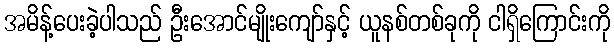
အမိန့်ပေးခဲ့ပါသည် ဦးအောင်မျိုးကျော်နှင့် ယူနစ်တစ်ခုကို ငါရှိကြောင်းကို